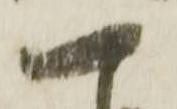
可